Civil Veterinary Department Bengal reports 1923-33 - 1923-1933
Year: 1923
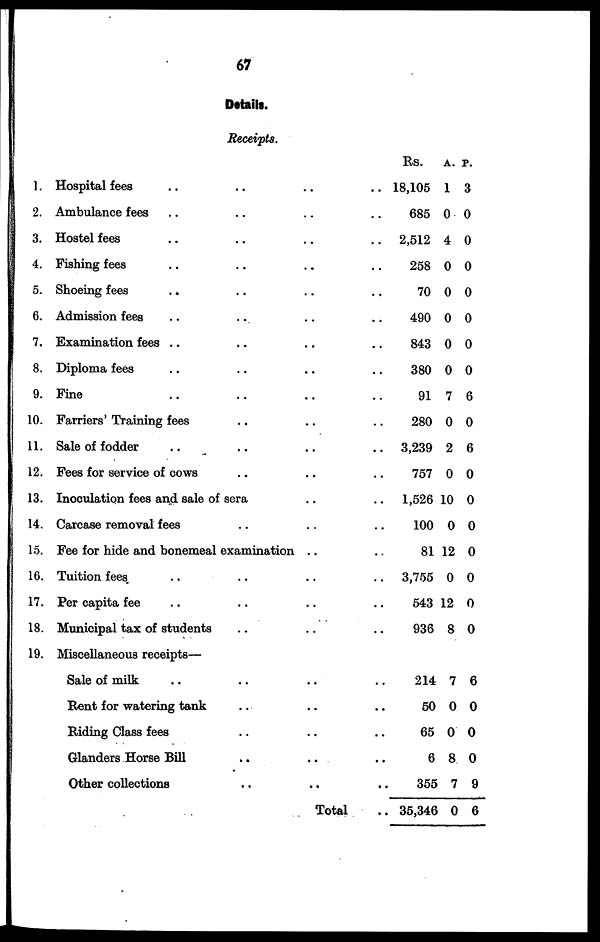
67
Details.
Receipts.
1.
2.
3.
4.
5.
6.
7.
8.
9.
10.
11.
12.
13.
14.
15.
16.
17.
18.
19.
Hospital fees .. .. .. ..
Ambulance fees .. .. .. ..
Hostel fees .. .. .. ..
Fishing fees .. .. .. ..
Shoeing fees .. .. .. ..
Admission fees .. .. .. ..
Examination fees .. .. .. ..
Diploma fees .. .. .. ..
Fine .. .. .. ..
Farriers' Training fees .. .. ..
Sale of fodder .. .. .. ..
Fees for service of cows .. .. ..
Inoculation fees and sale of sera
Carcase removal fees .. .. ..
Fee for hide and bonemeal examination .. ..
Tuition fees .. .. ..
Per capita fee .. .. .. ..
Municipal tax of students .. .. ..
Miscellaneous receipts—
Sale of milk .. .. .. ..
Rent for watering tank .. .. ..
Riding Class fees .. .. ..
Glanders Horse Bill .. .. ..
Other collections .. .. ..
Total ..
Rs. A. P.
18,105 1 3
685 0 0
2,512 4 0
258 0 0
70 0 0
490 0 0
843 0 0
380 0 0
91 7 6
280 0 0
3,239 2 6
757 0 0
1,526 10 0
100 0 0
81 12 0
3,755 0 0
543 12 0
936 8 0
214 7 6
50 0 0
65 0 0
6 8 0
355 7 9
35,346 0 6